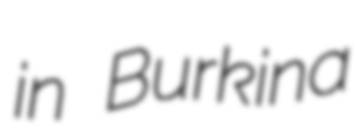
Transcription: in Burkina